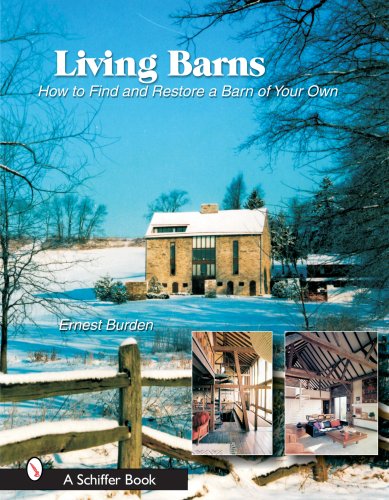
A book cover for Living Barns: How to Find and Restore a Barn of Your Own (Schiffer Books); Ernest E. Burden; Arts & Photography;